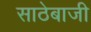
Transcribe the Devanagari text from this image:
साठेबाजी